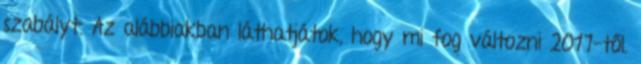
szabályt. Az alábbiakban láthatjátok, hogy mi fog változni 2017-től.